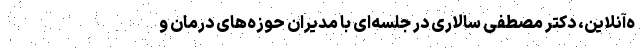
ه‌آنلاین، دکتر مصطفی سالاری در جلسه‌ای با مدیران حوزه‌های درمان و